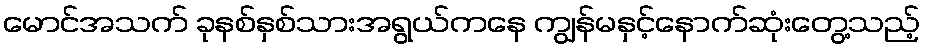
မောင်အသက် ခုနစ်နှစ်သားအရွယ်ကနေ ကျွန်မနှင့်နောက်ဆုံးတွေ့သည့်